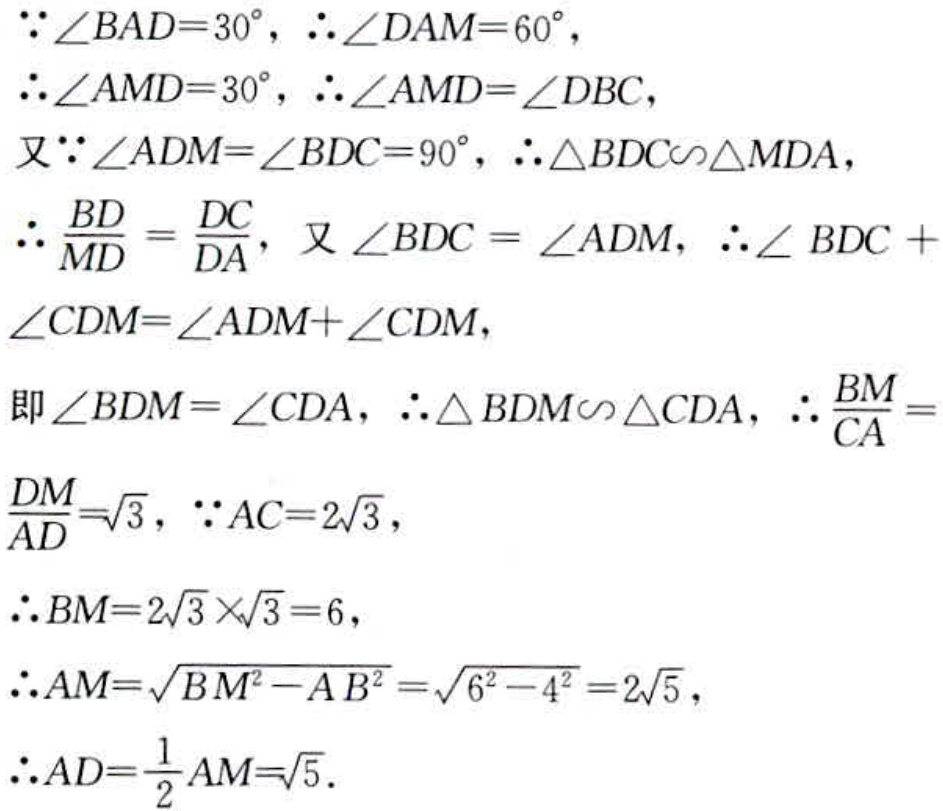
\(\because \angle BAD = 30^{\circ},\therefore \angle DAM = 60^{\circ},\)
\(\therefore \angle AMD = 30^{\circ},\therefore \angle AMD=\angle DBC,\)
\(又\because \angle ADM=\angle BDC = 90^{\circ},\therefore \triangle BDC\sim\triangle MDA,\)
\(\therefore \frac{BD}{MD}=\frac{DC}{DA},又\angle BDC=\angle ADM,\therefore \angle BDC +\)
\(\angle CDM=\angle ADM+\angle CDM,\)
\(即\angle BDM=\angle CDA,\therefore \triangle BDM\sim\triangle CDA,\therefore \frac{BM}{CA}=\)
\(\frac{DM}{AD}=\sqrt{3},\because AC = 2\sqrt{3},\)
\(\therefore BM = 2\sqrt{3}\times\sqrt{3}=6,\)
\(\therefore AM=\sqrt{BM^{2}-AB^{2}}=\sqrt{6^{2}-4^{2}} = 2\sqrt{5},\)
\(\therefore AD=\frac{1}{2}AM=\sqrt{5}.\)